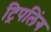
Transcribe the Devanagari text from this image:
ट्रिपलिंग